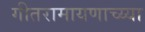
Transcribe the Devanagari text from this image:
गीतरामायणाच्य्या